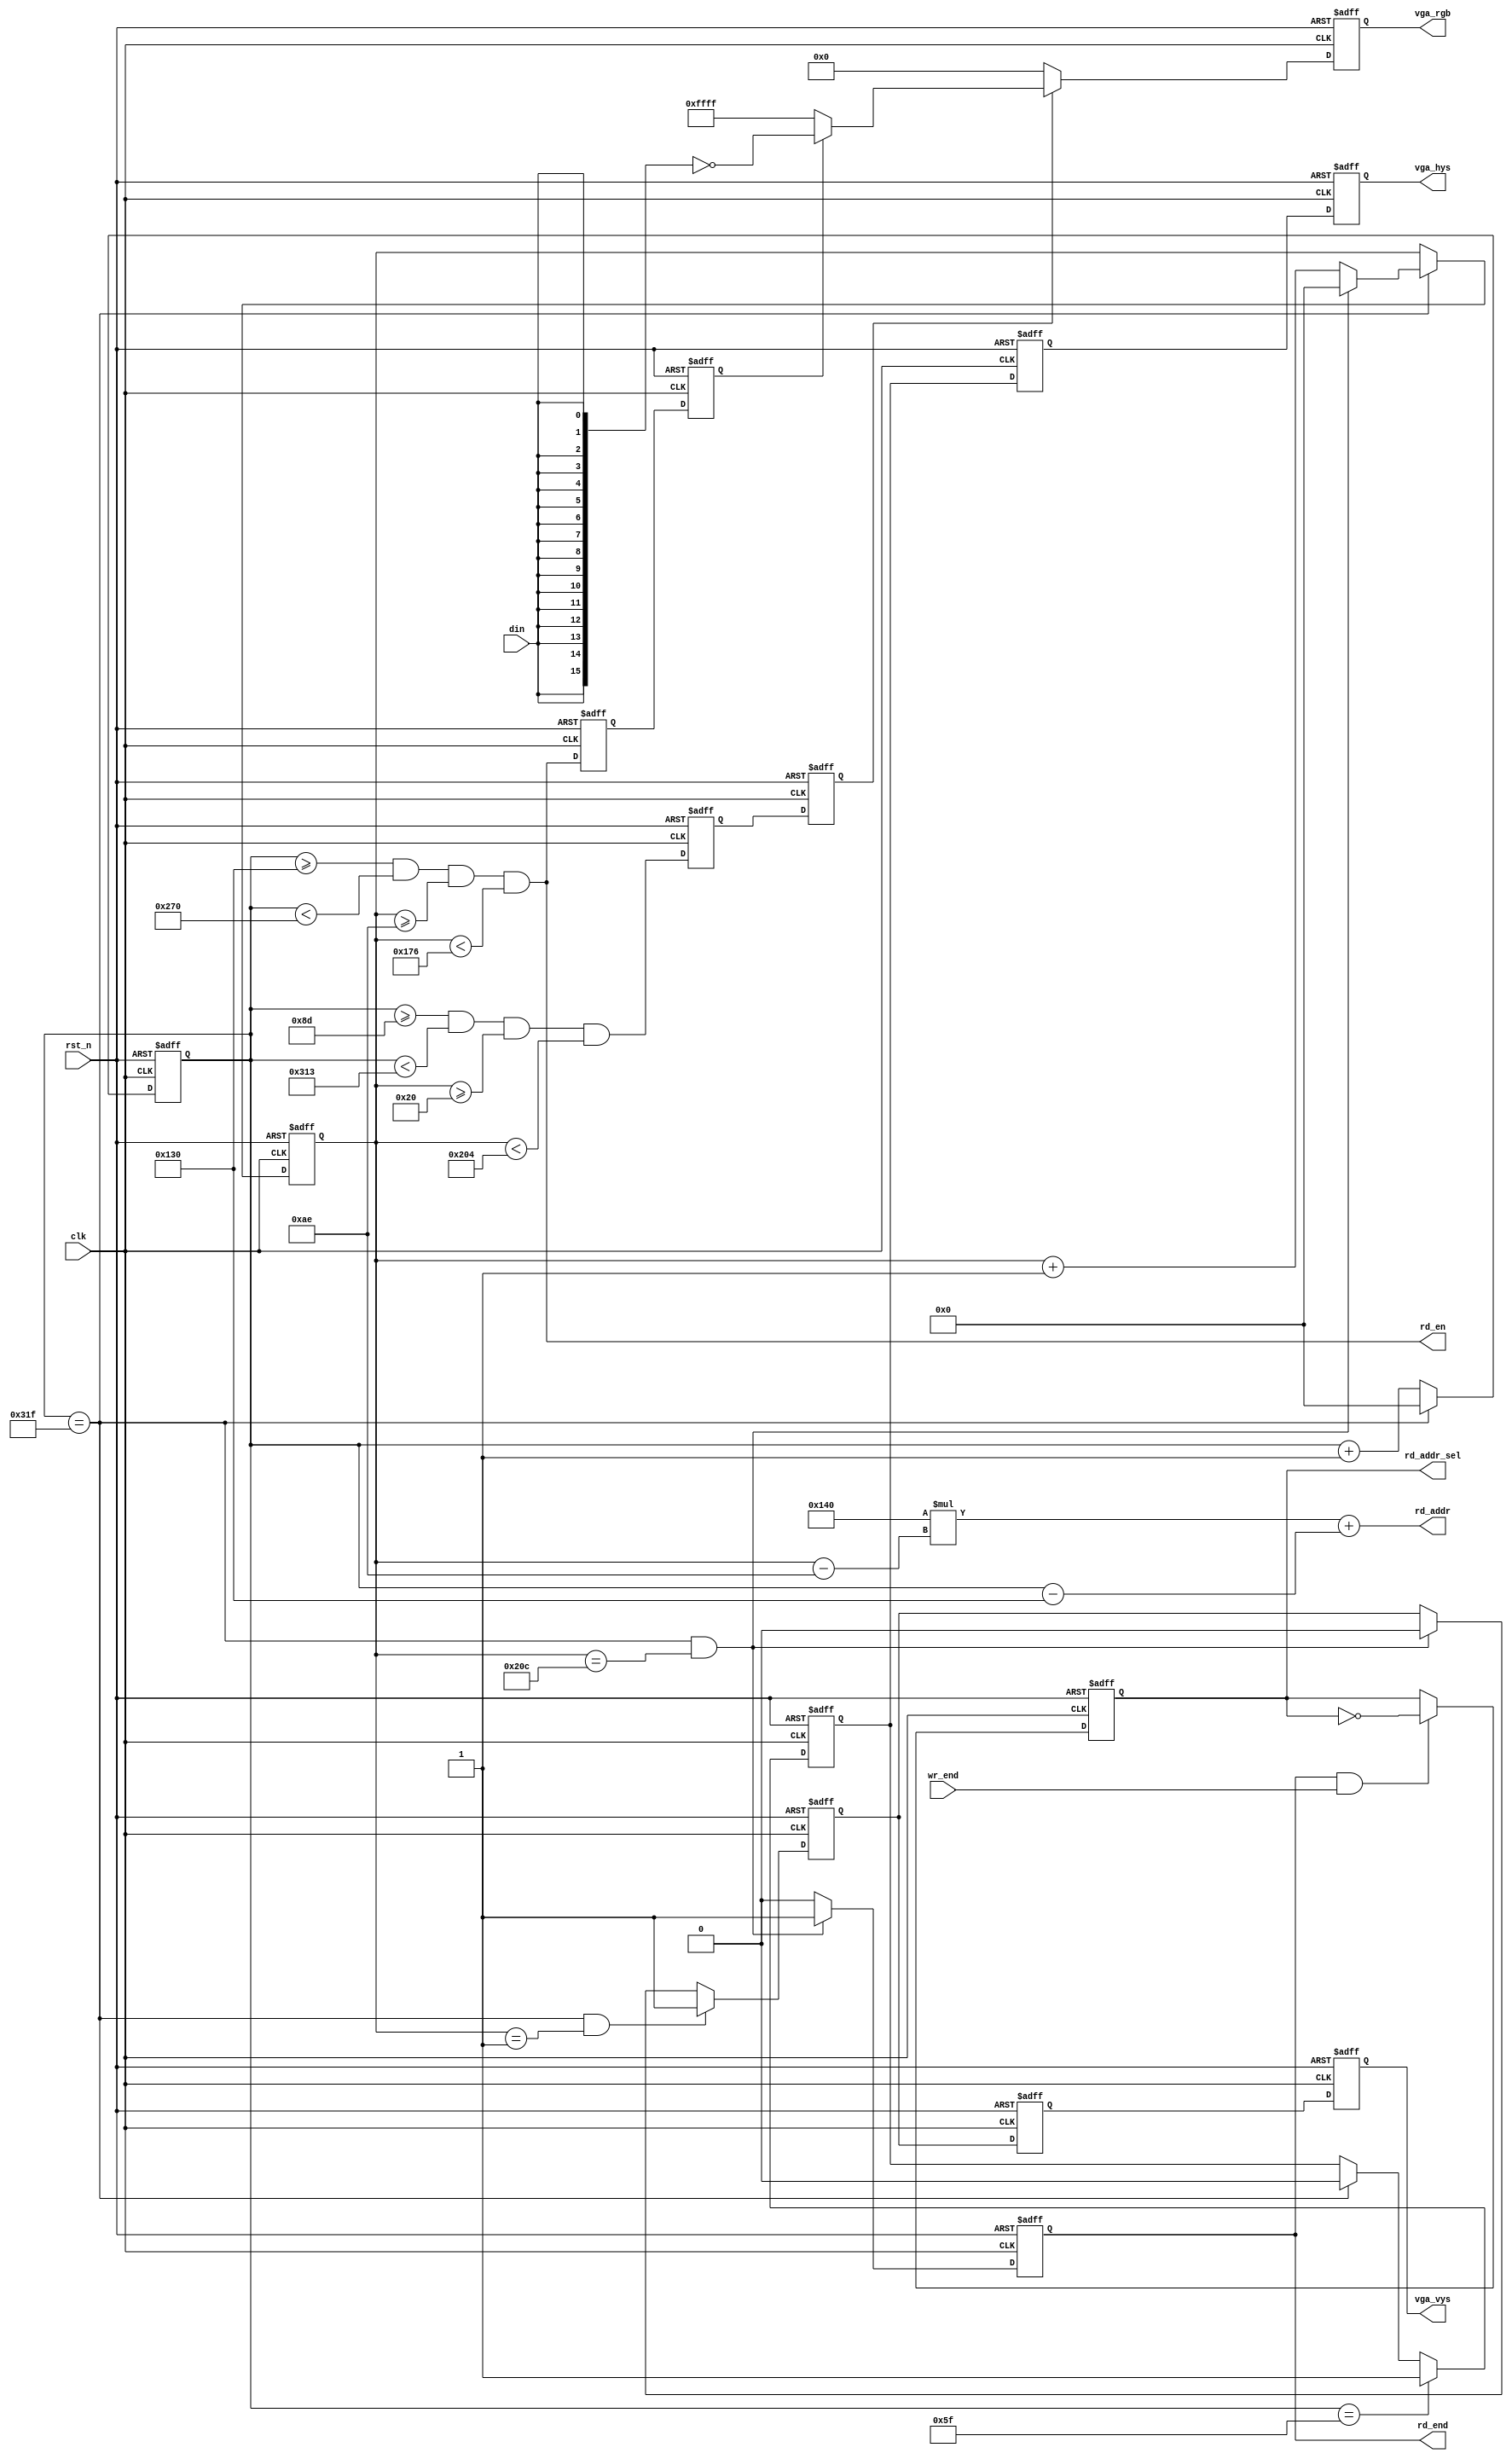
module vga_driver(
    clk         ,
    rst_n       ,
    din         ,
    wr_end      ,
    vga_hys     ,
    vga_vys     ,
    vga_rgb     ,
    rd_addr     ,
    rd_en       ,
    rd_end      ,
    rd_addr_sel  
);

    //
    parameter     DATA_W = 16;
    parameter     COL   = 320;
    parameter     ROW   = 200;
    parameter     COL_2 = 160;
    parameter     ROW_2 = 100;

    //
    input         clk      ;
    input         rst_n    ;
    input         din      ;
    input         wr_end   ;

    //
    output        vga_hys    ;
    output        vga_vys    ;
    output [DATA_W-1:0]  vga_rgb    ;
    output [15:0] rd_addr    ;
    output        rd_en      ;
    output        rd_end     ;
    output        rd_addr_sel;

    //reg
    reg           vga_hys    ;
    reg           vga_vys    ;
    reg    [DATA_W-1:0]  vga_rgb    ;
    reg    [15:0] rd_addr    ;
    reg           rd_en      ;
    reg           rd_end     ;
    reg           rd_addr_sel;

    //
    reg    [9:0]  cnt_hys         ;
    reg    [9:0]  cnt_vys         ;
    reg           vga_hys_tmp     ;
    reg           vga_vys_tmp     ;
    reg           vga_hys_tmp_ff0 ;
    reg           vga_vys_tmp_ff0 ;
    reg           display_area    ;
    reg           e_area          ;
    reg           display_area_ff0;
    reg           e_area_ff0      ;
    reg           display_area_ff1;
    reg           e_area_ff1      ;
    reg    [9:0]  x               ;
    reg    [9:0]  y               ;

    wire          add_cnt_hys     ;
    wire          end_cnt_hys     ;
    wire          add_cnt_vys     ;
    wire          end_cnt_vys     ;
    wire   [9:0]  x0              ;
    wire   [9:0]  x1              ;
    wire   [9:0]  y0              ;
    wire   [9:0]  y1              ;

    always @ (posedge clk or negedge rst_n)begin
        if(!rst_n)begin
            cnt_hys <= 0;
        end
        else if(add_cnt_hys)begin
            if(end_cnt_hys)
                cnt_hys <= 0;
            else
                cnt_hys <= cnt_hys + 1;
        end
    end

    assign add_cnt_hys = 1;
    assign end_cnt_hys = add_cnt_hys && cnt_hys == 800-1;

    always @ (posedge clk or negedge rst_n)begin
        if(!rst_n)begin
            cnt_vys <= 0;
        end
        else if(add_cnt_vys)begin
            if(end_cnt_vys)
                cnt_vys <= 0;
            else
                cnt_vys <= cnt_vys + 1;
        end
    end

    assign add_cnt_vys = end_cnt_hys;
    assign end_cnt_vys = add_cnt_vys && cnt_vys == 525-1;

    always @ (posedge clk or negedge rst_n)begin
        if(!rst_n)begin
            vga_hys_tmp <= 0;
        end
        else if(add_cnt_hys && cnt_hys == 95)begin
            vga_hys_tmp <= 1;
        end
        else if(end_cnt_hys)begin
            vga_hys_tmp <= 0;
        end
    end

    always @ (posedge clk or negedge rst_n)begin
        if(!rst_n)begin
            vga_vys_tmp <= 0;
        end
        else if(add_cnt_vys && cnt_vys == 1)begin
            vga_vys_tmp <= 1;
        end
        else if(end_cnt_vys)begin
            vga_vys_tmp <= 0;
        end
    end

    always @ (posedge clk or negedge rst_n)begin
        if(!rst_n)begin
            vga_hys_tmp_ff0 <= 0;
            vga_vys_tmp_ff0 <= 0;
            vga_hys <= 0;
            vga_vys <= 0;
        end
        else begin
            vga_hys_tmp_ff0 <= vga_hys_tmp;
            vga_vys_tmp_ff0 <= vga_vys_tmp;
            vga_hys <= vga_hys_tmp_ff0;
            vga_vys <= vga_vys_tmp_ff0;
        end
    end

    always @ (*)begin
        display_area = cnt_hys >= 141 && cnt_hys < (141+646) && cnt_vys >= 32 && cnt_vys < (32+484);
    end

    always @ (*)begin
        e_area = cnt_hys >= x0 && cnt_hys < x1 && cnt_vys >= y0 && cnt_vys < y1;
    end

    always @ (posedge clk or negedge rst_n)begin
        if(!rst_n)begin
            display_area_ff0 <= 0;
            e_area_ff0 <= 0;
            display_area_ff1 <= 0;
            e_area_ff1 <= 0;
        end
        else begin
            display_area_ff0 <= display_area;
            e_area_ff0 <= e_area;
            display_area_ff1 <= display_area_ff0;
            e_area_ff1 <= e_area_ff0;
        end
    end

    assign x0 = 141 + (323 - COL_2);
    assign x1 = 141 + (323 + COL_2);
    assign y0 = 32 + (242 - ROW_2);
    assign y1 = 32 + (242 + ROW_2);

    always @ (*)begin
        x = cnt_hys - x0;
    end

    always @ (*)begin
        y = cnt_vys - y0;
    end

    always @ (*)begin
        rd_addr = COL*y + x;
    end
 
    always @ (posedge clk or negedge rst_n)begin
        if(!rst_n)begin
            rd_addr_sel <= 1;
        end
        else if(rd_end && wr_end)begin
            rd_addr_sel <= ~rd_addr_sel;
        end
    end

    always @ (posedge clk or negedge rst_n)begin
        if(!rst_n)begin
            rd_end <= 0;
        end
        else if(end_cnt_vys)begin
            rd_end <= 1;
        end
        else begin
            rd_end <= 0;
        end
    end

    always @ (*)begin
        rd_en = e_area;
    end

    always @ (posedge clk or negedge rst_n)begin
        if(!rst_n)begin
            vga_rgb <= 0;
        end
        else if(display_area_ff1)begin
            if(e_area_ff1)begin
                vga_rgb <= ~{DATA_W{din}};
            end
            else begin
                vga_rgb <= {DATA_W{1'b1}};
            end
        end
        else begin
            vga_rgb <= 0;
        end
    end

endmodule